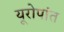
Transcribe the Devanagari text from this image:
यूरोपांत